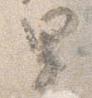
里